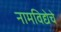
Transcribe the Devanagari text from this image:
नामविद्येचे